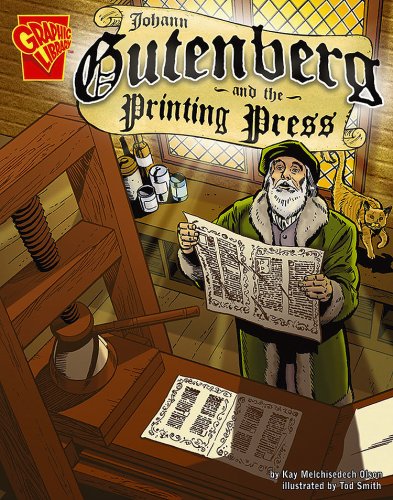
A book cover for Johann Gutenberg and the Printing Press (Inventions and Discovery); Kay Melchisedech Olson; Children's Books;